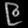
Digit: ၉